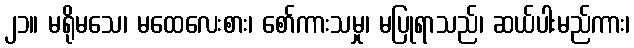
၂၁။ မရိုမသေ၊ မထေလေးစား၊ စော်ကားသမှု၊ မပြုရာသည်၊ ဆယ်ပါးမည်ကား၊